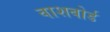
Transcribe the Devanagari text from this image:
वाशबोर्ड